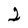
Character: 2